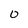
Character: 0